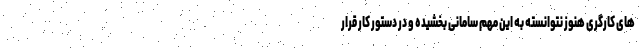
های کارگری هنوز نتوانسته به این مهم سامانی بخشیده و در دستور کار قرار